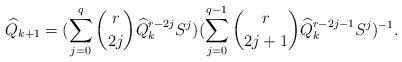
LaTeX: \begin{align*} \widehat{Q}_{k+1}=(\sum\limits_{j=0}^{q} {r \choose 2j}\widehat{Q}_k^{r-2j} S^j)(\sum\limits_{j=0}^{q-1} {r \choose 2j+1}\widehat{Q}_k^{r-2j-1} S^{j})^{-1}. \end{align*}